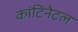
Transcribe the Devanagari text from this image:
कांटिनेटल